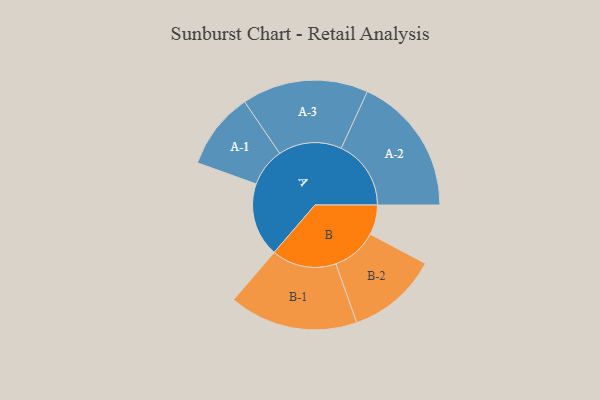
{"axis": {"x": "Segment", "y": "Value"}, "legend": ["", "A", "B"], "data": [{"x": "A", "y": 292, "type": ""}, {"x": "B", "y": 118, "type": ""}, {"x": "A-1", "y": 152, "type": "A"}, {"x": "A-2", "y": 276, "type": "A"}, {"x": "A-3", "y": 250, "type": "A"}, {"x": "B-1", "y": 255, "type": "B"}, {"x": "B-2", "y": 180, "type": "B"}]}